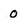
Character: O